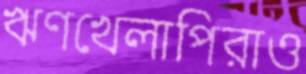
ঋণখেলাপিরাও